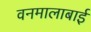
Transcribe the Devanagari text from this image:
वनमालाबाई